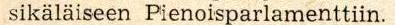
sikäläiseen Pienoisparlamenttiin.